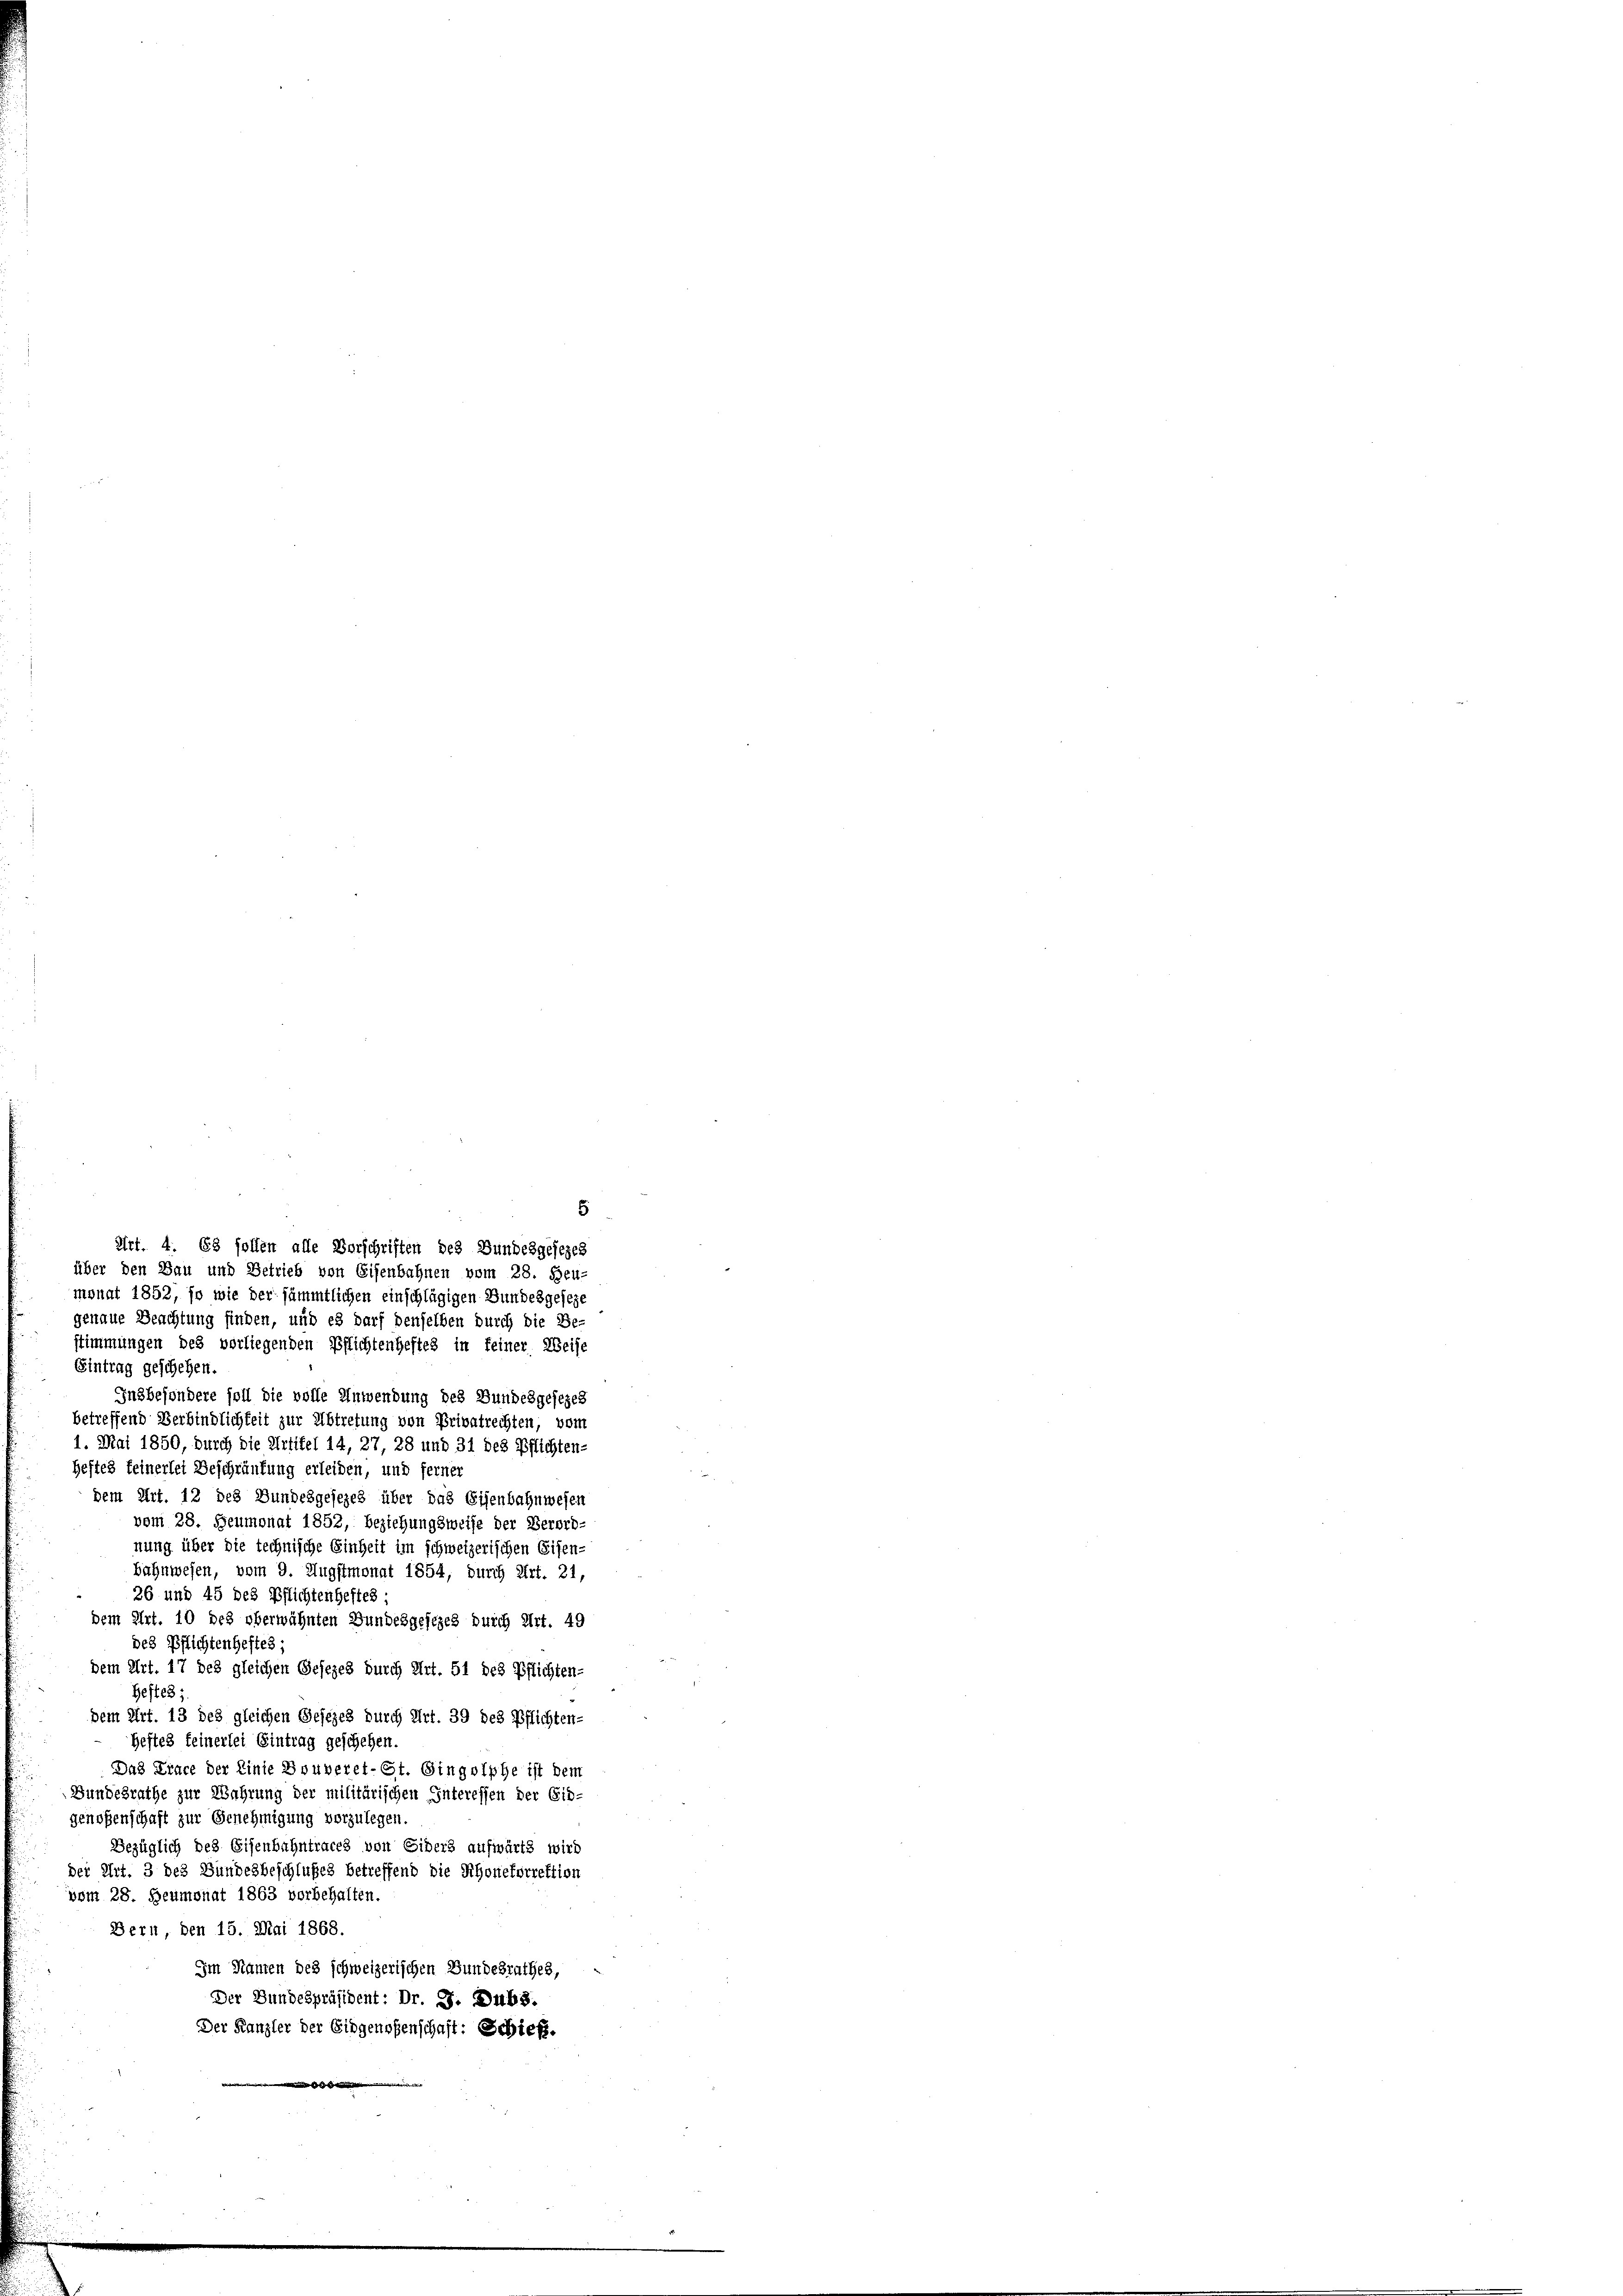
monat 1852, so wie der sämmtlichen einschlägigen Bundesgeseze
genaue Beachtung finden, und es darf denselben durch die Be-
stimmungen des vorliegenden Pflichtenheftes in feiner Weise
Eintrag geschehen.
Insbesondere soll die volle Anwendung des Bundesgesezes
betreffend Verbindlichkeit zur Abtretung von Privatrechten, vom
1. Mai 1850, durch die Artikel 14, 27, 28 und 31 des Pflichten-
Heftes feinerlei Beschränkung erleiden, und ferner
dem Art. 12 des Bundesgesezes über das Eisenbahnwesen
vom 28. Heumonat 1852, Beziehungsweise der Verord-
nung über die technische Einheit im schweizerischen Eisen-
bahnwesen, vom 9. Augstmonat 1854, durch Art. 21,
26 und 45 des Pflichtenheftes
dem Art. 10 des oberwähnten Bundesgesezes durch Art. 49
des Pflichtenheftes;
dem Art. 17 des gleichen Gesezes durch Art. 51 des Pflichten-
Gestes:
dem Art. 13 des gleichen Gesezes durch Art. 39 des Pflichten-
Heftes feinerlei Eintrag geschehen.
Das Trace der Linie Bouveret-St. Gingolphe ist dem
Bundesrathe zur Wahrung der militärischen Interessen der Eid-
genossenschaft zur Genehmigung vorzulegen.
Bezüglich des Eisenbahntraces von Eiders aufwärts wird
der Art. 3 des Bundesbeschlußes betreffend die Rhonetorrektion
vom 28. Beumonat 1863 vorbehalten.
Bern, den 15. Mai 1868.
Im Namen des schweizerischen Bundesrathes,
Der Bundespräsident: Dr. J. Dubs.
Der Kanzler der Eidgenoßenschaft: Schieß.

5
Art. 4. 68 sollen alle Vorschriften des Bundesgesezes
über den Bau und Betrieb von Eisenbahnen vom 28. Feu-